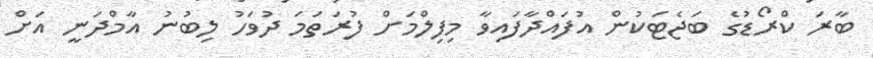
ބާރަ ކްރޯޑުގެ ބަޖެޓަކުން އުފައްދާފައިވާ މިފިލްމަށް ފުރަތަމަ ދުވަހު ލިބުނު އާމްދަނީ އަށް